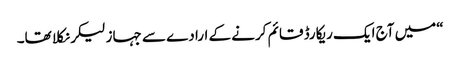
“میں آج ایک ریکارڈ قائم کرنے کے ارادے سے جہاز لیکر نکلا تھا۔